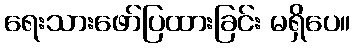
ရေးသားဖော်ပြထားခြင်း မရှိပေ။